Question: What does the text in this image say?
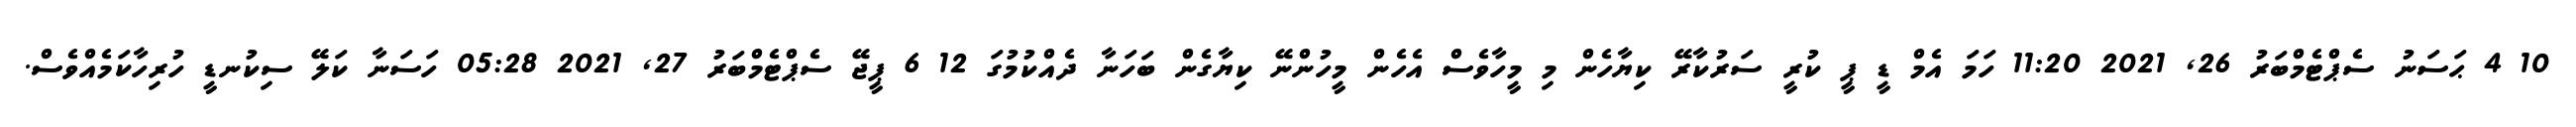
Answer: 10 4 ޙަސަނު ސެޕްޓެމްބަރު 26, 2021 11:20 ހަމަ އެމް ޑީ ޕީ ކުރީ ސަރުކާރޭ ކިޔާހެން މި މީހާވެސް އެހެން މީހުންނޭ ކިޔާގެން ބަހަނާ ދެއްކުމުގަ 12 6 ޕީޖޭ ސެޕްޓެމްބަރު 27, 2021 05:28 ހަސަނާ ކަލޭ ސިކުނޑީ ހުރިހާކަމެއްވެސް.